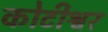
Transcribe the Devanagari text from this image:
कोटीश्वर